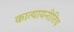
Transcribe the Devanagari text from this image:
कात्यायनीतिच